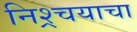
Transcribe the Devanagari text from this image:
निश्र्चयाचा